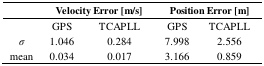
<table><thead><tr><td></td><td colspan="2"><b>Velocity Error [m/s]</b></td><td colspan="2"><b>Position Error [m]</b></td></tr><tr><td></td><td><b>GPS</b></td><td><b>TCAPLL</b></td><td><b>GPS</b></td><td><b>TCAPLL</b></td></tr></thead><tbody><tr><td><i>σ</i></td><td>1.046</td><td>0.284</td><td>7.998</td><td>2.556</td></tr><tr><td>mean</td><td>0.034</td><td>0.017</td><td>3.166</td><td>0.859</td></tr></tbody></table>